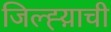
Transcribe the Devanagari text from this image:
जिल्ह्य़ाची